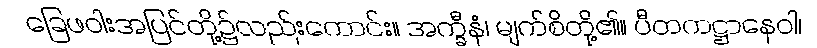
ခြေဖဝါးအပြင်တို့၌လည်းကောင်း။ အက္ခီနံ၊ မျက်စိတို့၏။ ပီတကဋ္ဌာနေဝါ၊